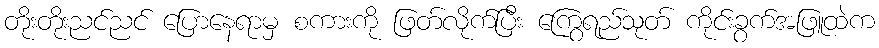
တိုးတိုးညင်ညင် ပြောနေရာမှ စကားကို ဖြတ်လိုက်ပြီး ကြွေရည်သုတ် ကိုင်းခွက်အဖြူထဲက